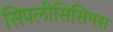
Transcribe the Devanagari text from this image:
सिपलीसिसिमस